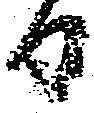
日